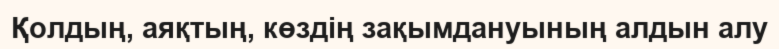
Қолдың, аяқтың, көздің зақымдануының алдын алу